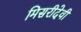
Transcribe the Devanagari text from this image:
मिसरीदेवी